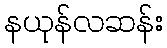
နယုန်လဆန်း